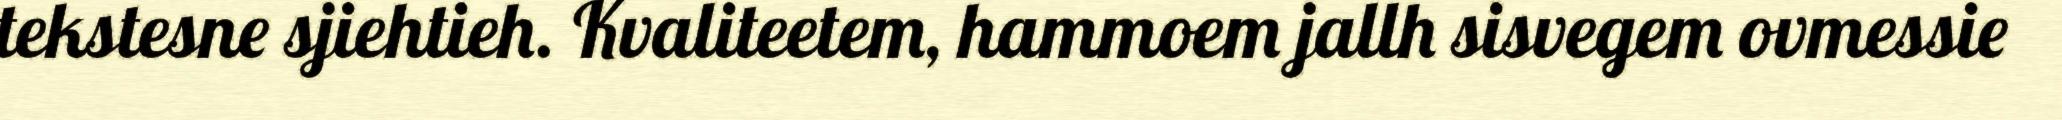
tekstesne sjiehtieh. Kvaliteetem, hammoem jallh sisvegem ovmessie